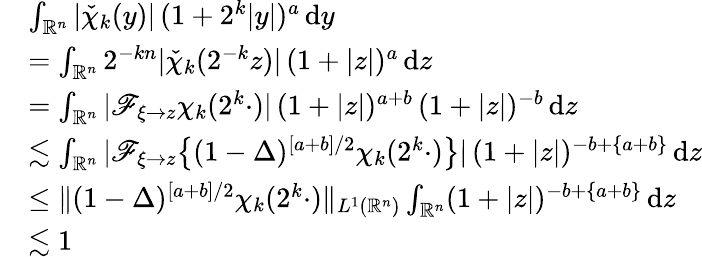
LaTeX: \begin{array}{rl}&{\int_{\mathbb{R}^{n}}|\check{\chi}_{k}(y)|\, (1+2^{k}|y|)^{a}\, \mathrm{d}y}\\ &{=\int_{\mathbb{R}^{n}}2^{-kn}|\check{\chi}_{k}(2^{-k}z)|\, (1+|z|)^{a}\, \mathrm{d}z}\\ &{=\int_{\mathbb{R}^{n}}|\mathscr{F}_{\xi\to z}\chi_{k}(2^{k}\cdot)|\, (1+|z|)^{a+b}\, (1+|z|)^{-b}\, \mathrm{d}z}\\ &{\lesssim\int_{\mathbb{R}^{n}}|\mathscr{F}_{\xi\to z}\big\{ (1-\Delta)^{[a+b]/2}\chi_{k}(2^{k}\cdot)\big\} |\, (1+|z|)^{-b+\{ a+b\} }\, \mathrm{d}z}\\ &{\leq\| (1-\Delta)^{[a+b]/2}\chi_{k}(2^{k}\cdot)\| _{L^{1}(\mathbb{R}^{n})}\int_{\mathbb{R}^{n}}(1+|z|)^{-b+\{ a+b\} }\, \mathrm{d}z}\\ &{\lesssim 1}\end{array}